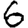
Digit: 6